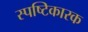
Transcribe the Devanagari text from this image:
स्पष्टिकारक